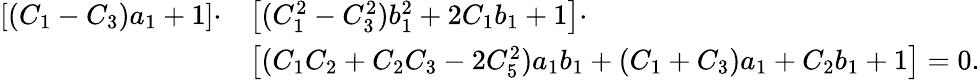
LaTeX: \begin{array}{rl}{\left[(C_{1}-C_{3})a_{1}+1\right]\cdot}&{\left[(C_{1}^{2}-C_{3}^{2})b_{1}^{2}+2C_{1}b_{1}+1\right]\cdot}\\ &{\left[(C_{1}C_{2}+C_{2}C_{3}-2C_{5}^{2})a_{1}b_{1}+(C_{1}+C_{3})a_{1}+C_{2}b_{1}+1\right]=0.}\end{array}